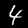
Digit: 4